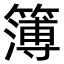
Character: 簿